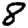
Digit: 8